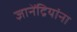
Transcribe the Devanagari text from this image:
ज्ञानेंद्रियांना